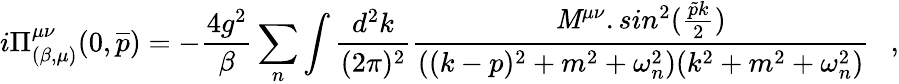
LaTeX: i\Pi_{(\beta,\mu)}^{\mu\nu}(0,\overline{{p}})=-\frac{4g^{2}}{\beta}\sum_{n}\int\frac{d^{2}k}{(2\pi)^{2}}\frac{{\mathit{M}}^{\mu\nu}.sin^{2}(\frac{\tilde{p}k}{2})}{((k-p)^{2}+m^{2}+\omega_{n}^{2})(k^{2}+m^{2}+\omega_{n}^{2})}~~~,